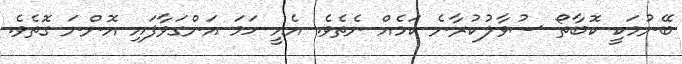
ބޭނުމަކީ ކޮބާތޯ ސުވާލުކުރާނެ ކަމެއް ނެތެވެ. އެއީ ހަމަ އަންގަވާފައި އޮންނަ ގޮތެވެ.